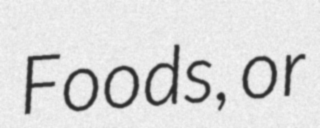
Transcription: Foods, or